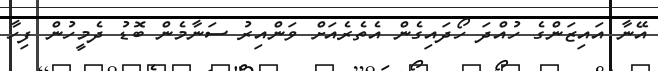
އޭނާ އައިޒަންގެ ހުއްދަ ހޯދައިގެން އެތެރެއަށް ވަންއިރު ސަނާމެން ބޮޑު ދެމީހުން ފިހާ